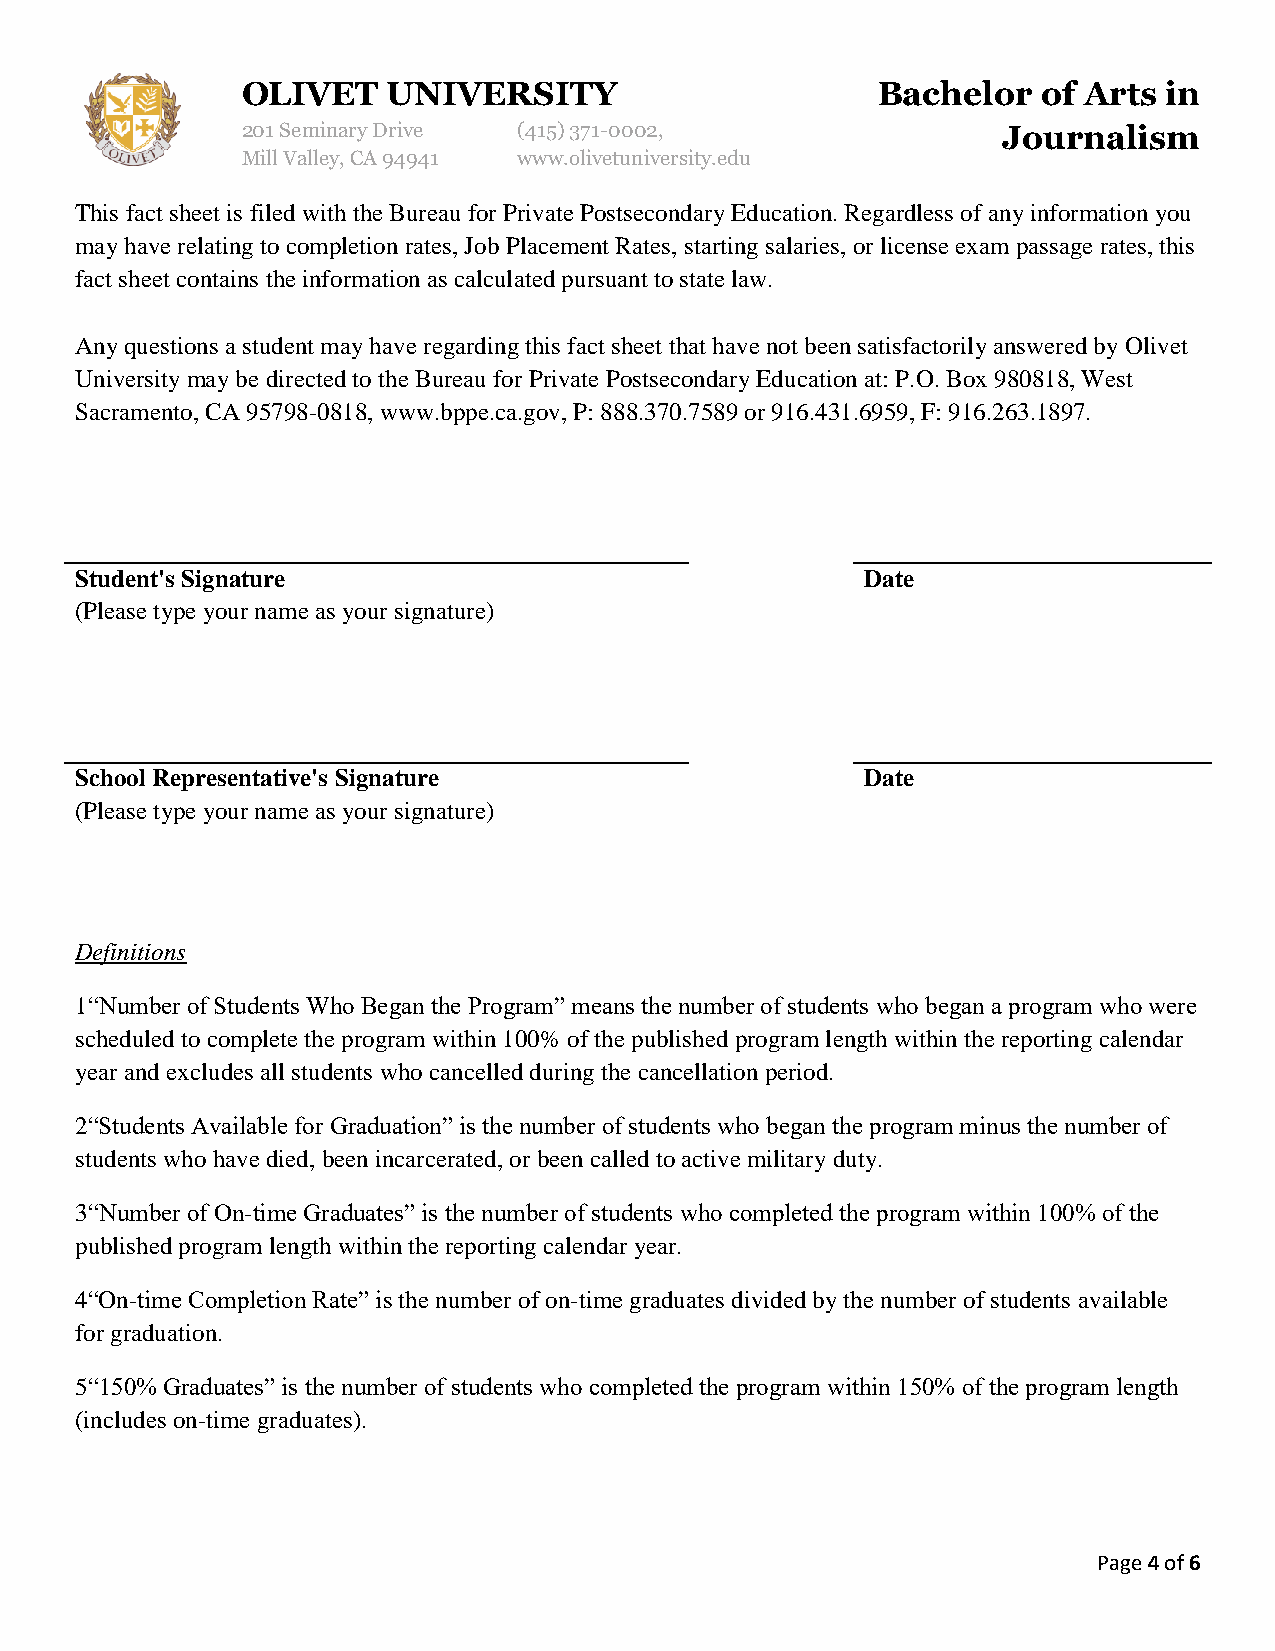
OLIVET    UNIVERSITY                      Bachelor   of Arts in
 201 Seminary Drive (415)371-0002,                 Journalism
 Mill Valley, CA 94941 www.olivetuniversity.edu
 This fact sheet is filed with the Bureau for Private Postsecondary Education. Regardless of any information you
 may have relating to completion rates, Job Placement Rates, starting salaries, or license exam passage rates, this
 fact sheet contains the information as calculated pursuant to state law.
 Any questions a student may have regarding this fact sheet that have not been satisfactorily answered by Olivet
 University may be directed to the Bureau for Private Postsecondary Education at: P.O. Box 980818, West
 Sacramento, CA 95798-0818, www.bppe.ca.gov, P: 888.370.7589 or 916.431.6959, F: 916.263.1897.
 Student's Signature                                 Date
 (Please type your name as your signature)
 School Representative's Signature                   Date
 (Please type your name as your signature)
 Definitions
 1“Number of Students Who Began the Program” means the number of students who began a program who were
 scheduled to complete the program within 100% of the published program length within the reporting calendar
 year and excludes all students who cancelled during the cancellation period.
 2“Students Available for Graduation” is the number of students who began the program minus the number of
 students who have died, been incarcerated, or been called to active military duty.
 3“Number of On-time Graduates” is the number of students who completed the program within 100% of the
 published program length within the reporting calendar year.
 4“On-time Completion Rate” is the number of on-time graduates divided by the number of students available
 for graduation.
 5“150% Graduates” is the number of students who completed the program within 150% of the program length
 (includes on-time graduates).
 Page 4 of 6